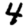
Digit: 4